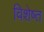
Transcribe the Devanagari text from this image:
विशेष्त